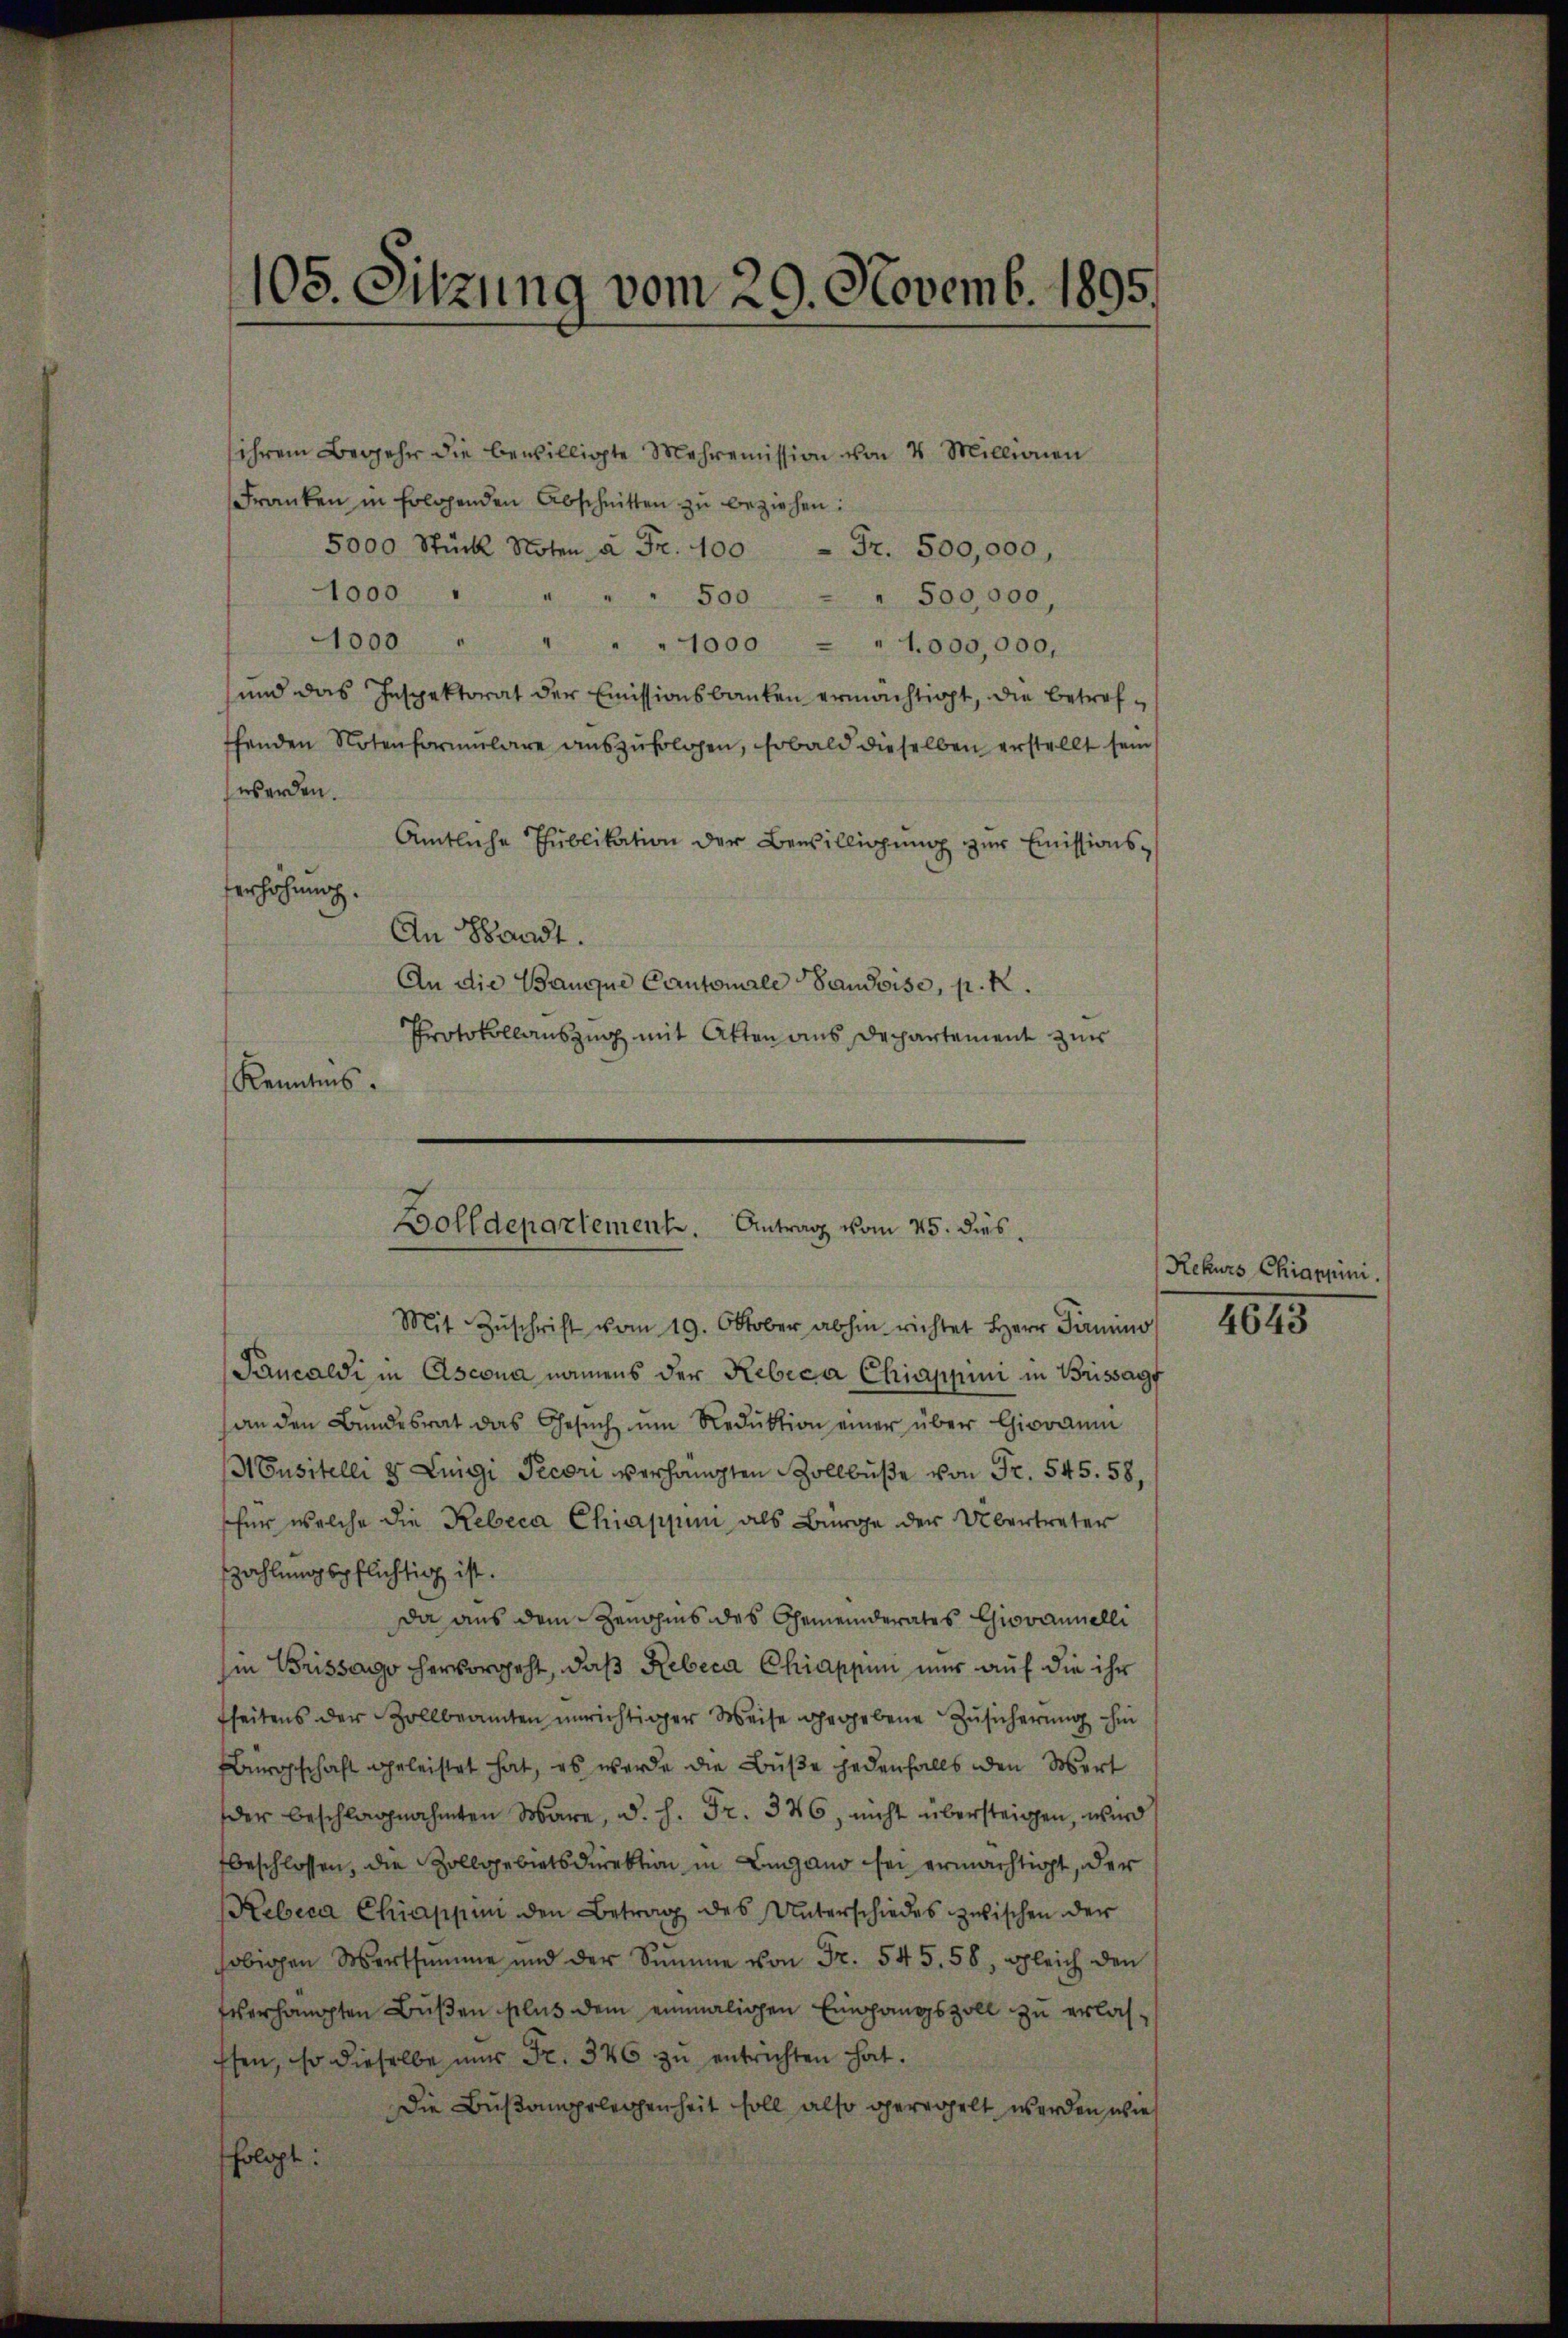
105. Sitzung vom 20. Novemb. 1895.

ihrem Begehr die bewilligte Mehrenission von 4 Millionen
Franken in Erlagenden Abschnitten zu beziehen:
5000 Stück Noten à Fr. 100 - Fr. 500,000,
1000 " " " " 500
" 500,000,
1000
.
" 1000 - " 1000,000,
und das Inspektorat der Emissionsbanken ermächtigt, die betrefffenden Notenformŭlare aŭszŭfolgen, sobald dieselben erstellt sein
werden.
Amtliche Pŭblikation der Bewilligŭng zŭr Emissions¬
Verhöhung.
An Waadt.
An die Banque Cantonale Baudoise, p. R.
Protokollauszug mit Atten aus Departement zur
Kenntnis.

Bolldepartement. Antrag vom 25. dies
Mit Zŭschrift vom 19. Oktober abhin richtet Herr Parmino

Paucaldi in Ascona namens der Rebeca Chiappun in Brissagt
an den Bundesrat das Gesŭch um Reduktion einer über Giovaum
Nusstelli 8 Luigi Pecori verhängten Zollbuße von Fr. 545. 58,
für welche die Rebeca Chiappini als Bürge der Übertreter
zahlungspflichtig ist.
Da aus dem Zenohms des Gemeinderates Giovannelli
in Brissago hervorgeht, daß Rebeca Chiappuni nur auf die ihr
fheitens der Zollbeamten unrichtiger Weise gegebene Zŭsicherŭng hin
Bürgschaft geleistet hat, es werde die Buße jedenfalls den Wert
der beschlagnahmten Ware, d. h. Fr. 346, nicht übersteigen, wird
fbeschlossen, die Zollgebietsdirektion in Lingano sei ermächtigt, der
Rebica Chiappen den Betrag des Unterschiedes zwischen der
sobigen Wertsumme und der Sŭmme von Fr. 545. 58, gleich den
verhängten Bŭβen plus dem einmaligen Empfangszoll zu erlas-
Esen, so dieselbe nur Fr. 346 zu entrichten hat.
Die Bußangelegenheit soll also geregelt werden, wie
folgt:

Rekurs Chiappini.

4643